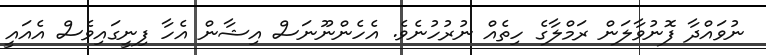
ނުވައްދާ ފޮނުވާލަން ރަމްލާގެ ހިތެއް ނުރުހުނެވެ. އެހެންނޫނަސް އިޝާން އެހާ ފިނީގައިވެސް އެއައީ